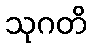
သုဂတိ